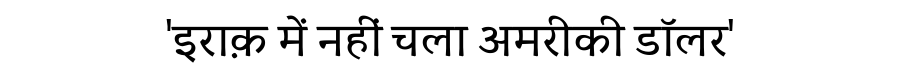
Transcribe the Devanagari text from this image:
'इराक़ में नहीं चला अमरीकी डॉलर'